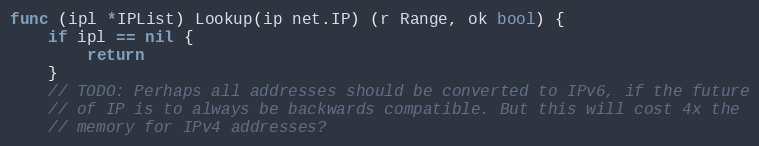
Language: Go
func (ipl *IPList) Lookup(ip net.IP) (r Range, ok bool) {
	if ipl == nil {
		return
	}
	// TODO: Perhaps all addresses should be converted to IPv6, if the future
	// of IP is to always be backwards compatible. But this will cost 4x the
	// memory for IPv4 addresses?